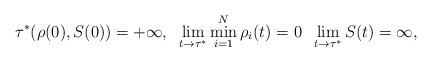
LaTeX: \begin{align*}\tau^*(\rho(0),S(0))=+\infty, \; \; \lim_{t\to \tau^*} \min_{i=1}^N\rho_i(t)=0\; \; \lim_{t\to\tau^*} S(t)=\infty, \;\;\end{align*}